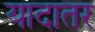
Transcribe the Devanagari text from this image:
यादातर